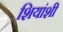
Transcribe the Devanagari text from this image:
शियांशी